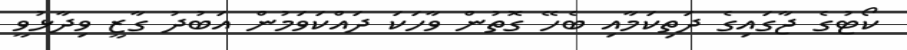
ކޯޓުގެ ޖާގައިގެ ދަތިކަމާއި ބެހޭ ގޮތުން ވާހަކަ ދައްކަވަމުން އަބުދު ގާޒީ ވިދާޅުވީ